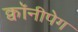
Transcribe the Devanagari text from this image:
क्वॉनीपेग